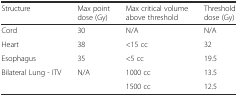
<table><thead><tr><td><b>Structure</b></td><td><b>Max point dose (Gy)</b></td><td><b>Max critical volume above threshold</b></td><td><b>Threshold dose (Gy)</b></td></tr></thead><tbody><tr><td>Cord</td><td>30</td><td>N/A</td><td>N/A</td></tr><tr><td>Heart</td><td>38</td><td>&lt;15 cc</td><td>32</td></tr><tr><td>Esophagus</td><td>35</td><td>&lt;5 cc</td><td>19.5</td></tr><tr><td>Bilateral Lung - ITV</td><td>N/A</td><td>1000 cc</td><td>13.5</td></tr><tr><td></td><td></td><td>1500 cc</td><td>12.5</td></tr></tbody></table>